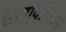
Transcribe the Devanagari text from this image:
सेवाविनियम